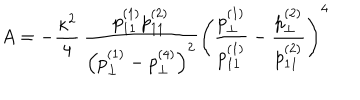
A = - \frac { \kappa ^ { 2 } } { 4 } \, \frac { p _ { 1 1 } ^ { ( 1 ) } p _ { 1 1 } ^ { ( 2 ) } } { \left( p _ { \perp } ^ { ( 1 ) } - p _ { \perp } ^ { ( 4 ) } \right) ^ { 2 } } \left( \frac { p _ { \perp } ^ { ( 1 ) } } { p _ { 1 1 } ^ { ( 1 ) } } - \frac { p _ { \perp } ^ { ( 2 ) } } { p _ { 1 1 } ^ { ( 2 ) } } \right) ^ { 4 }